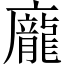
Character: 龐